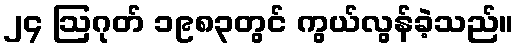
၂၄ ဩဂုတ် ၁၉၈၃တွင် ကွယ်လွန်ခဲ့သည်။